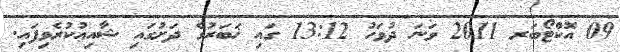
09 އޮކްޓޯބަރ 2011 ވަނަ ދުވަހު 13:12 ގައި ޚަބަރުގެ ދަށުގައި ޝާއިޢުކުރެވިފައި.